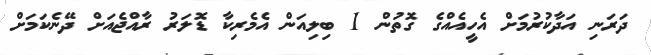
ދަރަނި އަދާކުރުމަށް އެހީއެއްގެ ގޮތުން 1 ބިލިއަން އެމެރިކާ ޑޮލަރު ރާއްޖެއަށް ދޭނެކަމަށް